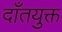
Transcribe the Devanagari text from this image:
दाँतयुक्त